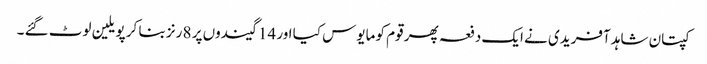
کپتان شاہد آفریدی نے ایک دفعہ پھر قوم کو مایوس کیا اور 14 گیندوں پر 8 رنز بنا کر پویلین لوٹ گئے ۔